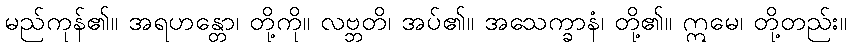
မည်ကုန်၏။ အရဟန္တော၊ တို့ကို။ လဗ္ဘတိ၊ အပ်၏။ အသေက္ခာနံ၊ တို့၏။ ဣမေ၊ တို့တည်း။